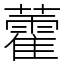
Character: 藿